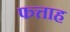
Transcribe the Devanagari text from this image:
फत्ताह